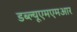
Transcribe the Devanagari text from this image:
डब्ल्यूएमएमआर